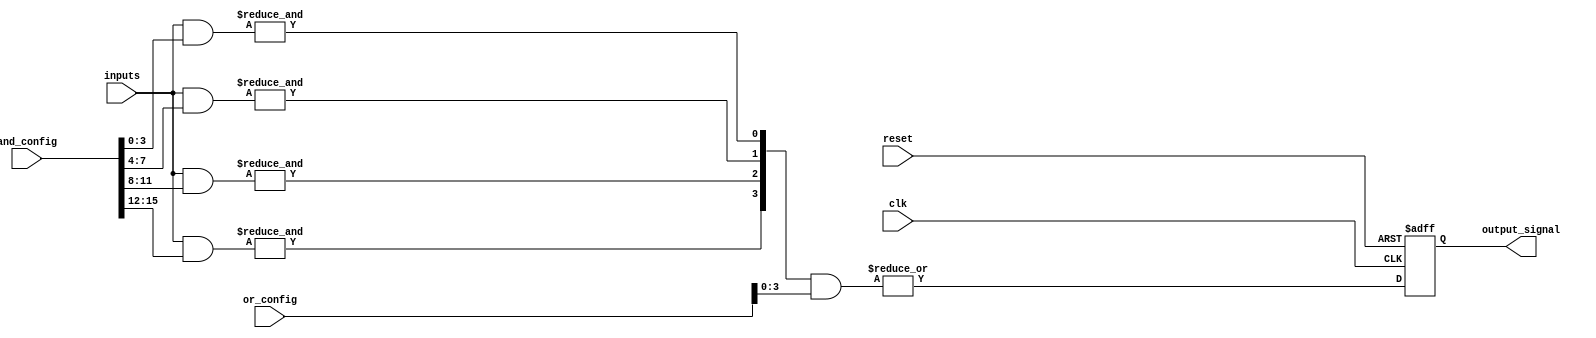
module SPAL #(
    parameter NUM_INPUTS = 4,
    parameter NUM_AND_GATES = 4,
    parameter NUM_OR_GATES = 2,
    parameter CONFIG_WIDTH = 16
)(
    input  wire [NUM_INPUTS-1:0]  inputs,            // Input signals
    input  wire [CONFIG_WIDTH-1:0] and_config,       // Configuration for AND array
    input  wire [CONFIG_WIDTH-1:0] or_config,        // Configuration for OR array
    input  wire                     clk,               // Clock for control logic
    input  wire                     reset,             // Reset signal
    output wire                     output_signal      // Final output signal
);

    // Input Buffer
    wire [NUM_INPUTS-1:0] buffered_inputs;
    generate
        genvar i;
        for (i = 0; i < NUM_INPUTS; i = i + 1) begin : input_buffer
            assign buffered_inputs[i] = inputs[i]; // Example: No inversion in this buffer
        end
    endgenerate
    
    // Programmable AND Array
    wire [NUM_AND_GATES-1:0] and_outputs;
    generate
        genvar j;
        for (j = 0; j < NUM_AND_GATES; j = j + 1) begin : and_gate
            assign and_outputs[j] = &(
                buffered_inputs & and_config[j*NUM_INPUTS +: NUM_INPUTS]
            );
        end
    endgenerate
    
    // Programmable OR Array
    wire [NUM_OR_GATES-1:0] or_outputs;
    generate
        genvar k;
        for (k = 0; k < NUM_OR_GATES; k = k + 1) begin : or_gate
            assign or_outputs[k] = |(
                and_outputs & or_config[k*NUM_AND_GATES +: NUM_AND_GATES]
            );
        end
    endgenerate
    
    // Output Buffer
    wire buffered_output;
    assign buffered_output = or_outputs[0]; // Example: Using first OR output for simplicity
    
    // Control Logic (Simple example with reset)
    reg output_reg;
    always @(posedge clk or posedge reset) begin
        if (reset) 
            output_reg <= 0; 
        else 
            output_reg <= buffered_output; // simple register for output
    end
    
    assign output_signal = output_reg;

endmodule